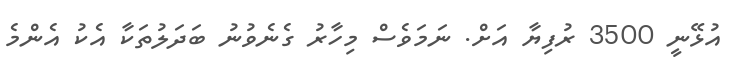
އުޅޭނީ 3500 ރުފިޔާ އަށް. ނަމަވެސް މިހާރު ގެނެވުނު ބަދަލުތަކާ އެކު އެންމެ